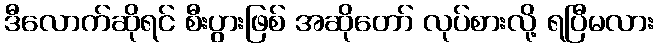
ဒီလောက်ဆိုရင် စီးပွားဖြစ် အဆိုတော် လုပ်စားလို့ ရပြီမလား